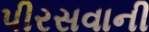
પીરસવાની